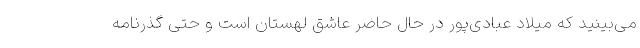
می‌بینید که میلاد عبادی‌پور در حال حاضر عاشق لهستان است و حتی گذرنامه